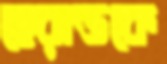
হেরাল্ডকে